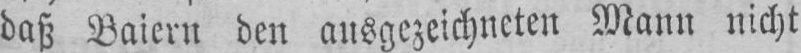
daß Baiern den ausgezeichneten Mann nicht